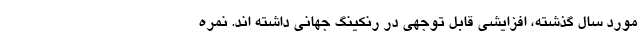
مورد سال گذشته، افزایشی قابل توجهی در رنکینگ جهانی داشته اند. نمره